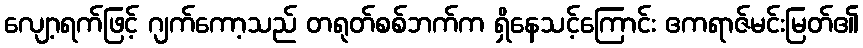
လျော့ရက်ဖြင့် ဂျက်ကော့သည် တရုတ်စစ်ဘက်က ရှိနေသင့်ကြောင်း ဧကရာဇ်မင်းမြတ်၏